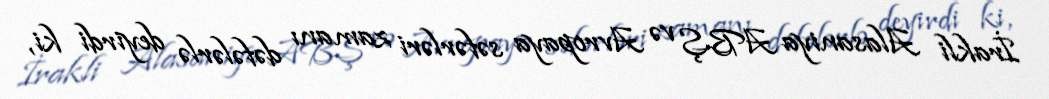
İrakli Alasaniya ABŞ və Avropaya səfərləri zamanı dəfələrlə deyirdi ki,